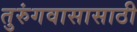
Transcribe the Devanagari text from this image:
तुरुंगवासासाठी